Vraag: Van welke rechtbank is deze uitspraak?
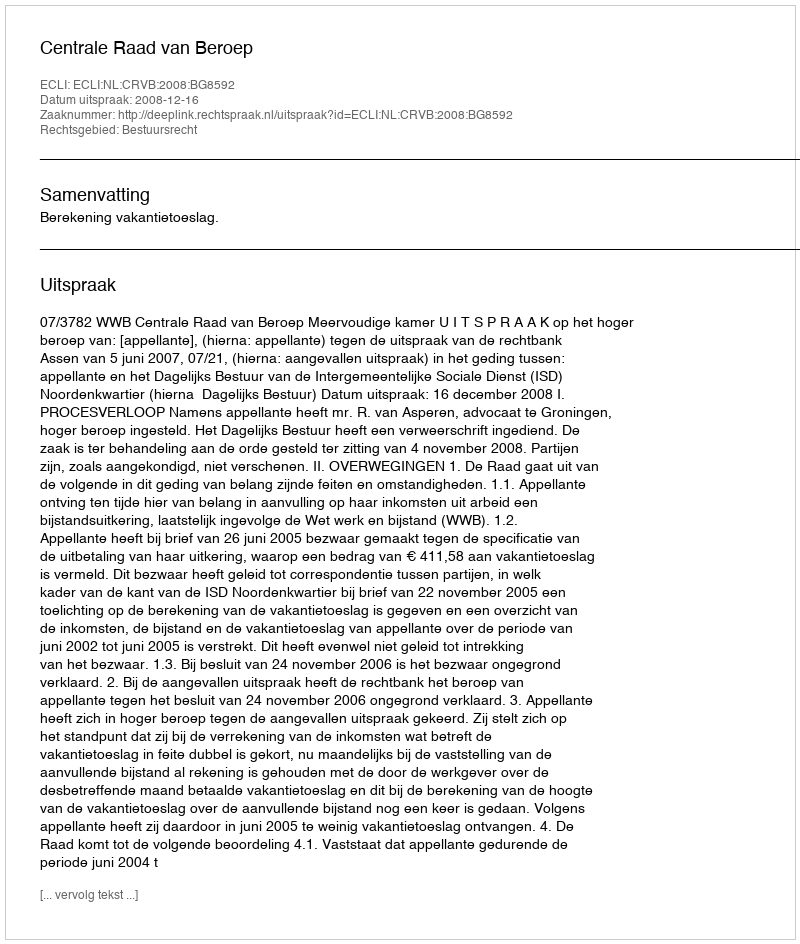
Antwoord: Centrale Raad van Beroep